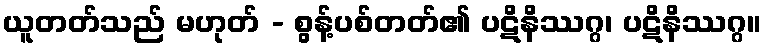
ယူတတ်သည် မဟုတ် - စွန့်ပစ်တတ်၏ ပဋိနိဿဂ္ဂ၊ ပဋိနိဿဂ္ဂ။